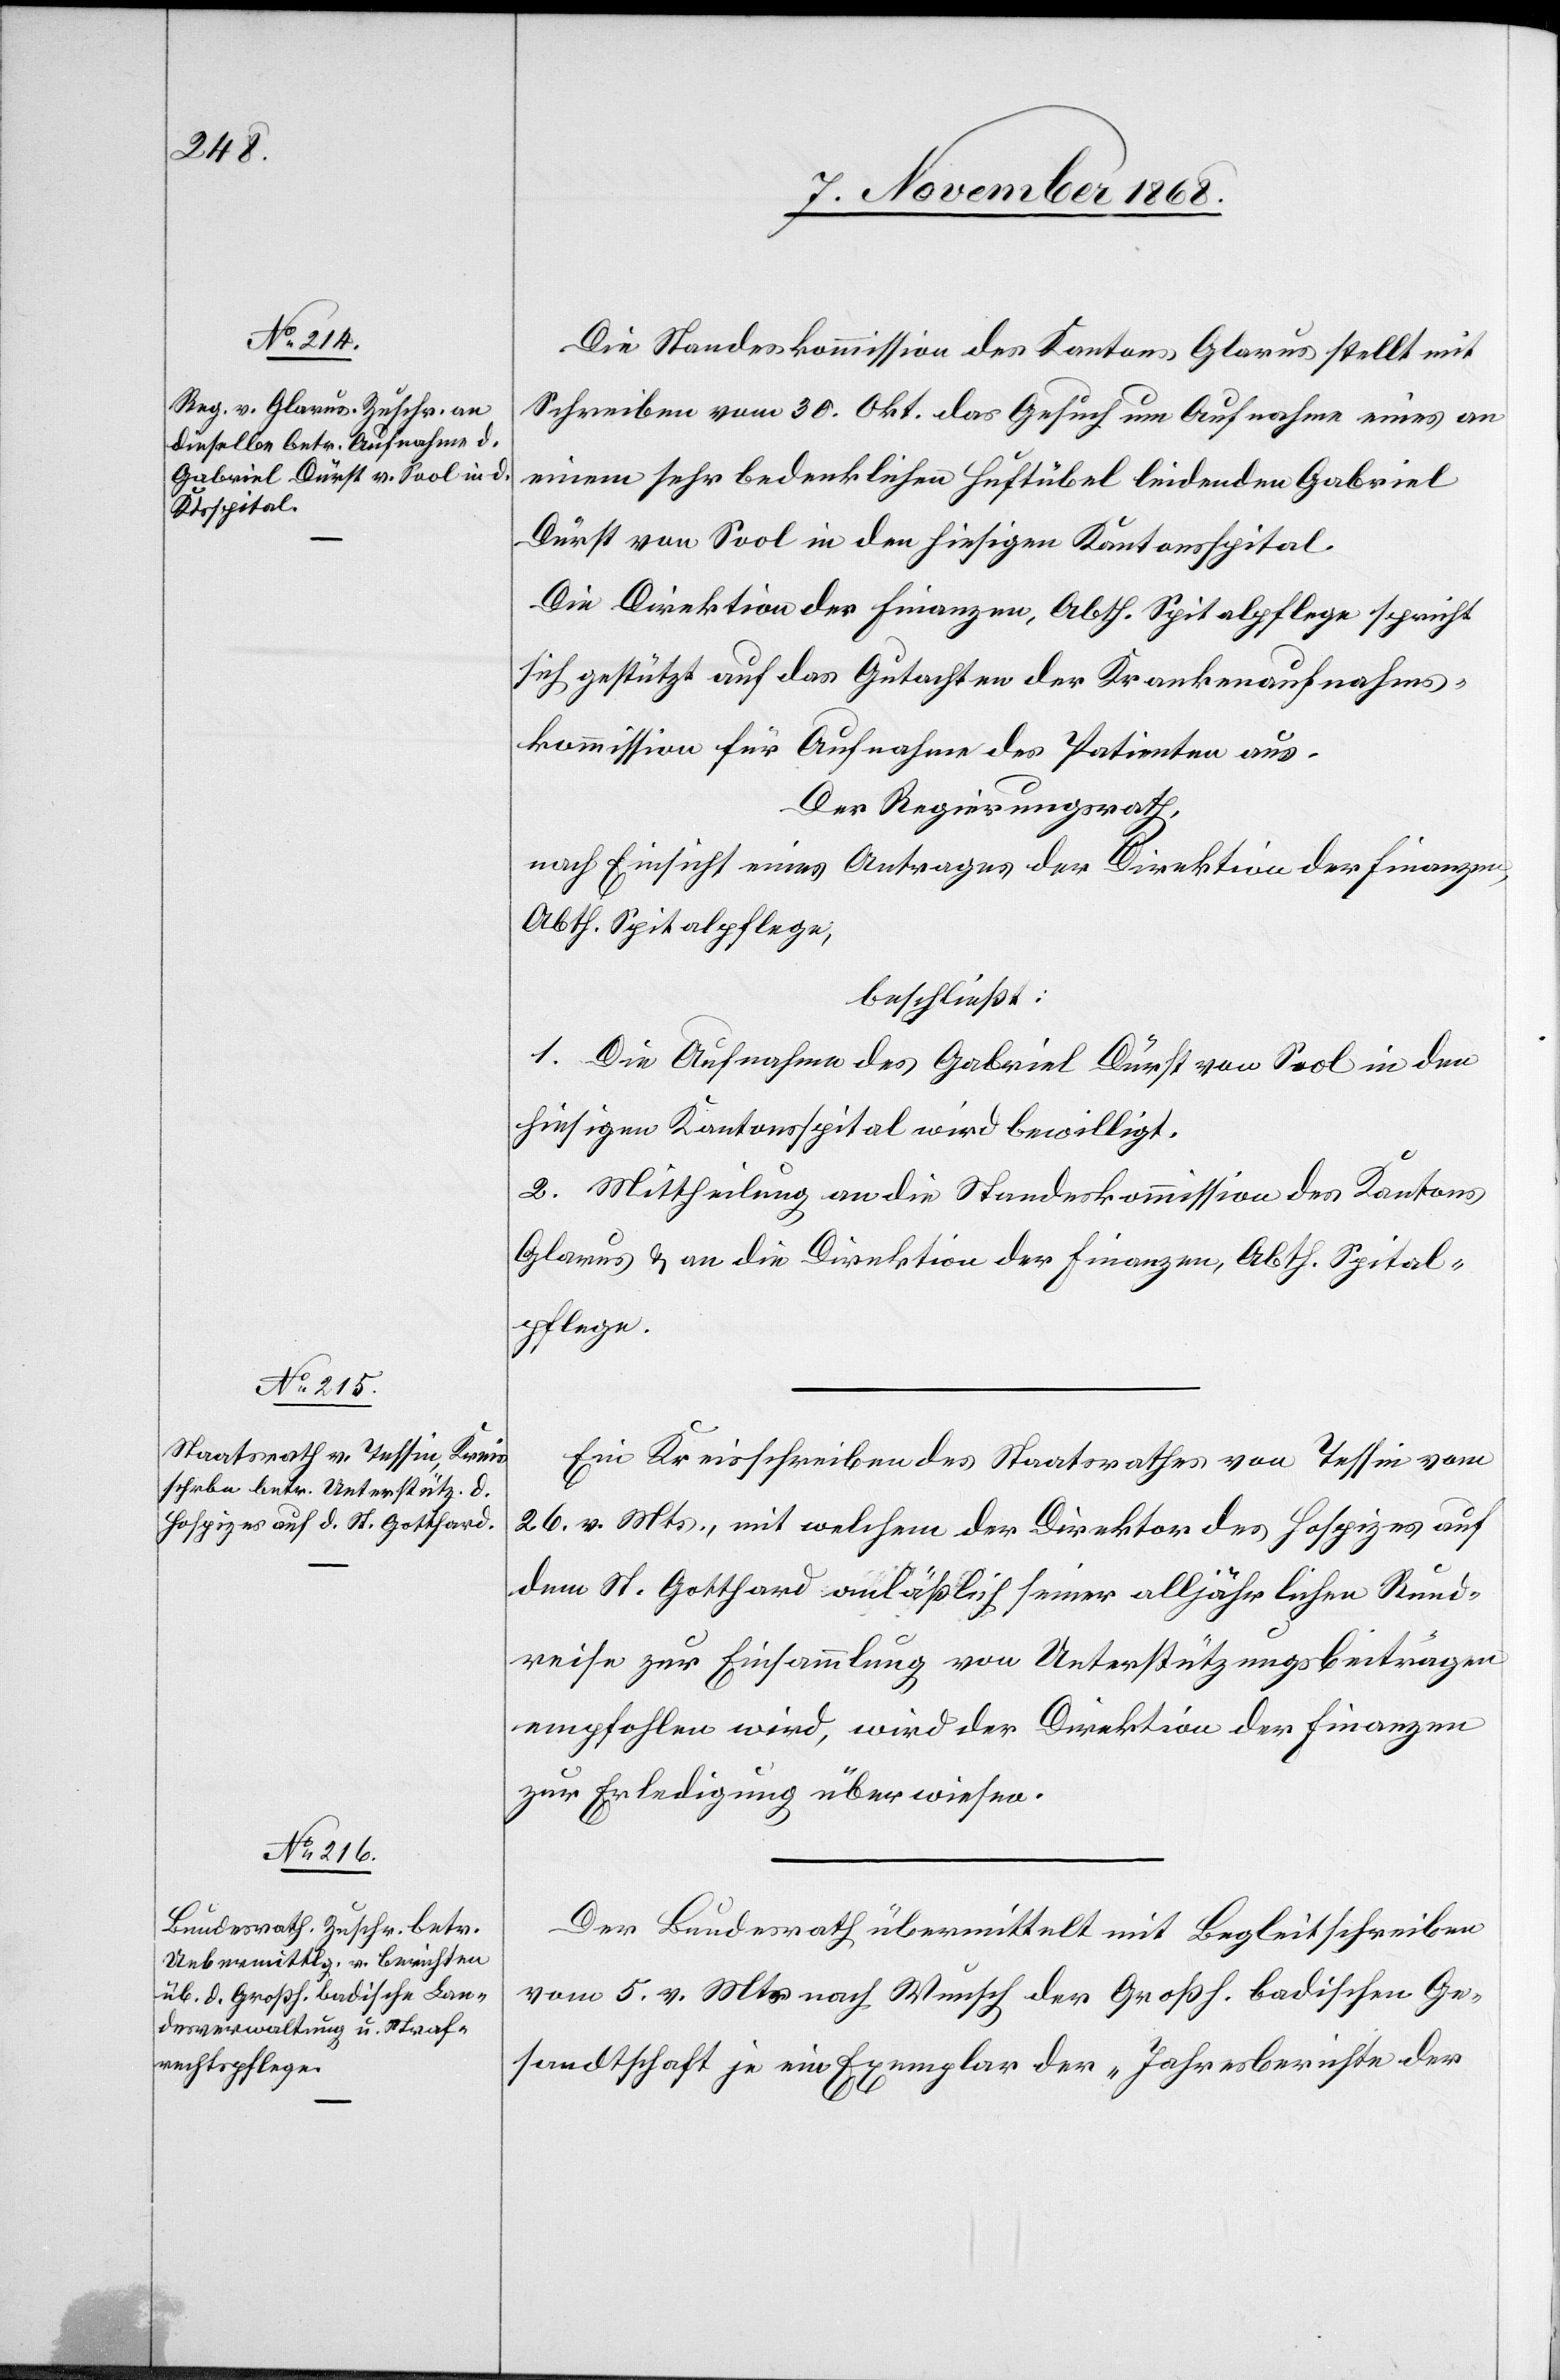
Die Standeskommission des Kantons Glarus stellt mit
Schreiben vom 30. Okt. das Gesuch um Aufnahme eines an
einem sehr bedenklichen Huftübel leidenden Gabriel
Dürst von Sool in den hiesigen Kantonsspital.
Die Direktion der Finanzen, Abth. Spitalpflege spricht
sich gestützt auf das Gutachten der Krankenaufnahms¬
kommission für Aufnahme des Patienten aus.
Der Regierungsrath,
nach Einsicht eines Antrages der Direktion der Finanzen,
Abth. Spitalpflege,
beschließt:
1. Die Aufnahme des Gabriel Dürst von Sool in den
hiesigen Kantonsspital wird bewilligt.
2. Mittheilung an die Standeskommission des Kantons
Glarus & an die Direktion der Finanzen, Abth. Spital¬
pflege.
Ein Kreisschreiben des Staatsrathes von Tessin vom
26. v. Mts., mit welchem der Direktor des Hospizes auf
dem St. Gotthard anläßlich seiner alljährlichen Rund¬
reise zur Einsammlung von Unterstützungsbeiträgen
empfohlen wird, wird der Direktion der Finanzen
zur Erledigung überwiesen.
Der Bundesrath übermittelt mit Begleitschreiben
vom 5. v. Mts. nach Wunsch der Großh. badischen Ge¬
sandtschaft je ein Exemplar der „Jahresberichte der